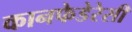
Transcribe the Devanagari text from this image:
कानफेडेरेसी